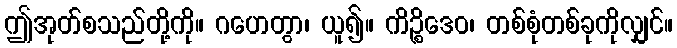
ဤအုတ်စသည်တို့ကို။ ဂဟေတွာ၊ ယူ၍။ ကိဉ္စိဒေဝ၊ တစ်စုံတစ်ခုကိုလျှင်။